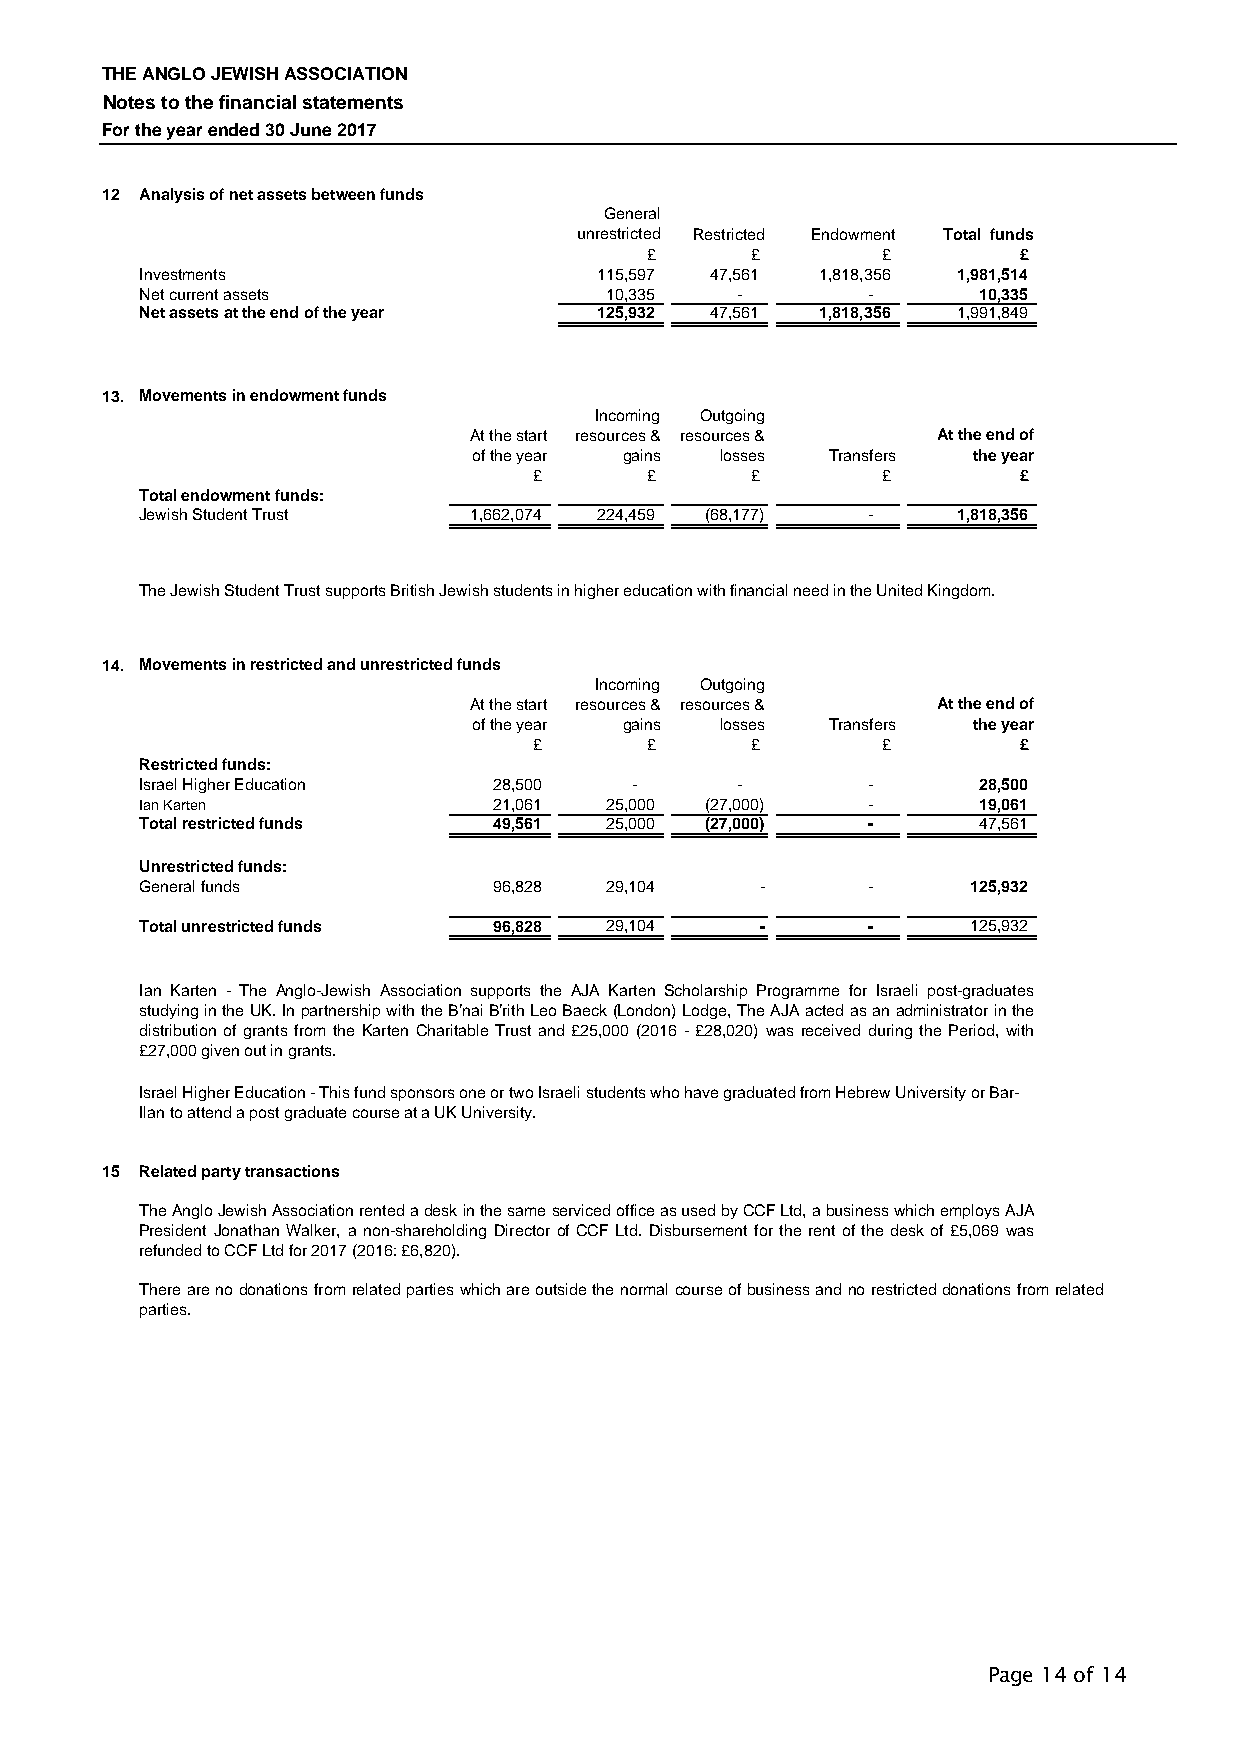
THE ANGLO JEWISH ASSOCIATION
 Notes to the financial statements
 For the year ended 30 June 2017
 12 Analysis of net assets between funds
 General
 unrestricted Restricted Endowment Total funds
 £      £       £        £
 Investments                    115,597 47,561 1,818,356 1,981,514
 Net current assets             10,335   -       -       10,335
 Net assets at the end of the year 125,932 47,561 1,818,356 1,991,849
 13. Movements in endowment funds
 Incoming Outgoing
 At the start resources & resources & At the end of
 of the year gains losses Transfers the year
 £       £      £       £        £
 Total endowment funds:
 Jewish Student Trust  1,662,074 224,459 (68,177) -    1,818,356
 The Jewish Student Trust supports British Jewish students in higher education with financial need in the United Kingdom.
 14. Movements in restricted and unrestricted funds
 Incoming Outgoing
 At the start resources & resources & At the end of
 of the year gains losses Transfers the year
 £       £      £       £        £
 Restricted funds:
 Israel Higher Education 28,500   -      -       -       28,500
 Ian Karten              21,061 25,000 (27,000)  -       19,061
 Total restricted funds  49,561 25,000 (27,000)  -       47,561
 Unrestricted funds:
 General funds           96,828 29,104    -      -      125,932
 Total unrestricted funds 96,828 29,104   -      -      125,932
 Ian Karten - The Anglo-Jewish Association supports the AJA Karten Scholarship Programme for Israeli post-graduates
 studyingintheUK.InpartnershipwiththeB'naiB'rithLeoBaeck(London)Lodge,TheAJAactedasanadministratorinthe
 distribution of grants from the Karten Charitable Trust and £25,000 (2016 -£28,020) was received during the Period, with
 £27,000 given out in grants.
 Israel Higher Education - This fund sponsors one or two Israeli students who have graduated from Hebrew University or Bar-
 Ilan to attend a post graduate course at a UK University.
 15 Related party transactions
 TheAngloJewishAssociationrentedadeskinthesameservicedofficeasusedbyCCFLtd,abusinesswhichemploysAJA
 President Jonathan Walker, a non-shareholding Director of CCFLtd. Disbursement for the rent ofthe desk of £5,069 was
 refunded to CCF Ltd for 2017 (2016: £6,820).
 Therearenodonationsfromrelatedpartieswhichareoutsidethenormalcourseofbusinessandnorestricteddonationsfromrelated
 parties.
 Page 14 of 14